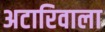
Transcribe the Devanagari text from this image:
अटारिवाला